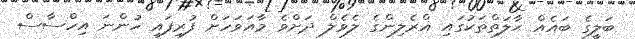
ބަލީގެ ބައެއް ޙާލަތްތަކުގައި ޣްރެލިންގެ ލެވެލް ދަށްވެ މާއަވަހަށް ފުރިފައި ހުންނަ އިހްސާސް